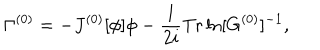
\Gamma ^ { ( 0 ) } = - J ^ { ( 0 ) } [ \phi ] \phi - \frac { 1 } { 2 i } \mathrm { T r } \ln [ G ^ { ( 0 ) } ] ^ { - 1 } ,